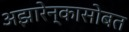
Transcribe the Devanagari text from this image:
अझारेन्कासोबत